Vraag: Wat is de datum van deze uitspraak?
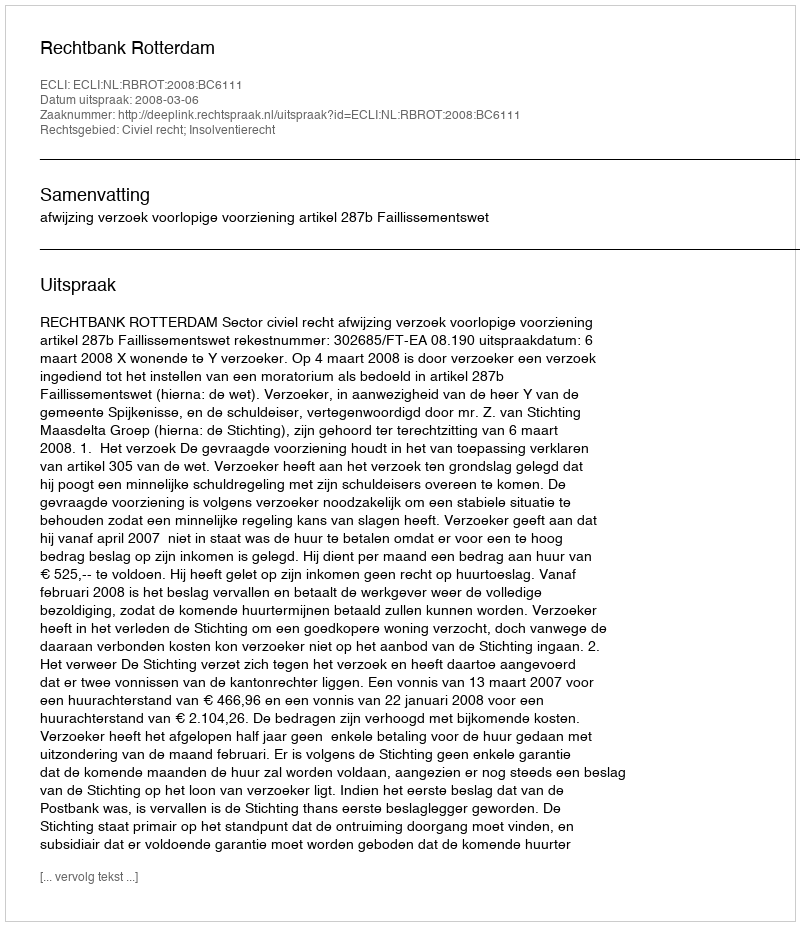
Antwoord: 2008-03-06